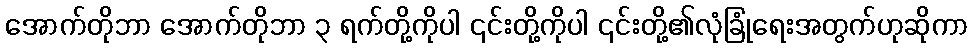
အောက်တိုဘာ အောက်တိုဘာ ၃ ရက်တို့ကိုပါ ၎င်းတို့ကိုပါ ၎င်းတို့၏လုံခြုံရေးအတွက်ဟုဆိုကာ